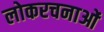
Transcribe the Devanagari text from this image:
लोकरचनाओं